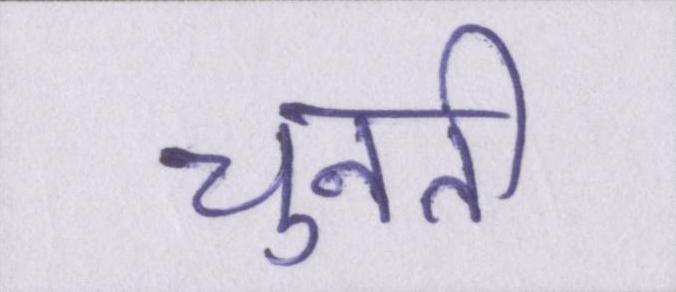
चुनती